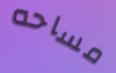
مساحه